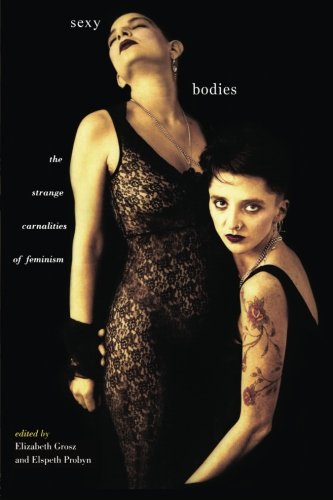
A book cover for Sexy Bodies: The Strange Carnalities of Feminism; Gay & Lesbian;